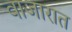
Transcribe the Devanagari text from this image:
वाजारात